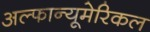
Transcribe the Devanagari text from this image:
अल्फान्यूमेरिकल